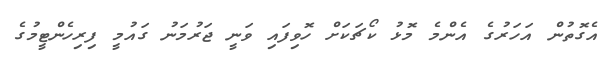
އެގޮތުން އަހަރުގެ އެންމެ މޮޅު ކޯޗަކަށް ހޮވިފައި ވަނީ ޖަރުމަނު ގައުމީ ފިރިހެންޓީމުގެ